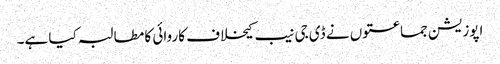
اپوزیشن جماعتوں نے ڈی جی نیب کیخلاف کاروائی کا مطالبہ کیا ہے۔